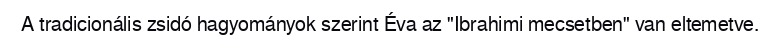
A tradicionális zsidó hagyományok szerint Éva az "Ibrahimi mecsetben" van eltemetve.